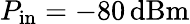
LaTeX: P_{\mathrm{in}}=-80\, \mathrm{dBm}